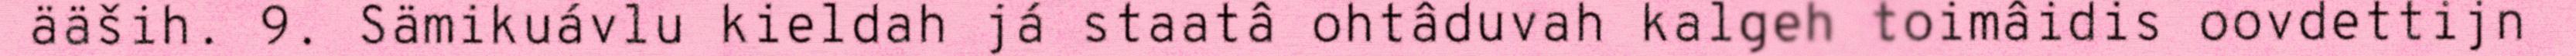
ääših. 9. Sämikuávlu kieldah já staatâ ohtâduvah kalgeh toimâidis oovdettijn